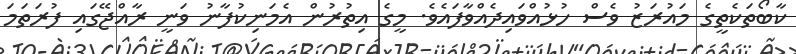
ކާބޯތަކެތީގެ މައުރަޒު ވެސް ހުޅުއްވައިދެއްވާފައެވެ. މީގެ އިތުރުން އެމަނިކުފާނު ވަނީ ރާއްޖޭގައި ފުރަތަމަ